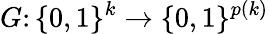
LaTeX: G\colon\{ 0,1\} ^{k}\to\{ 0,1\} ^{p(k)}